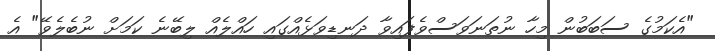
"އެކަމުގެ ސަބަބުން މިހާ ނުތަނަވަސްވެފައިވާ ދަނޑިވަޅެއްގައި ހައްލެއް ލިބޭނެ ކަމަށް ނުބެލެވޭ" އެ